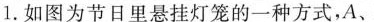
1.如图为节日里悬挂灯笼的一种方式，A、